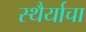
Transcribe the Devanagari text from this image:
स्थैर्याचा